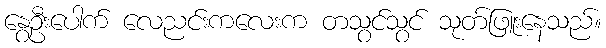
နွေဦးပေါက် လေညင်းကလေးက တသွင်သွင် သုတ်ဖြူးနေသည်။